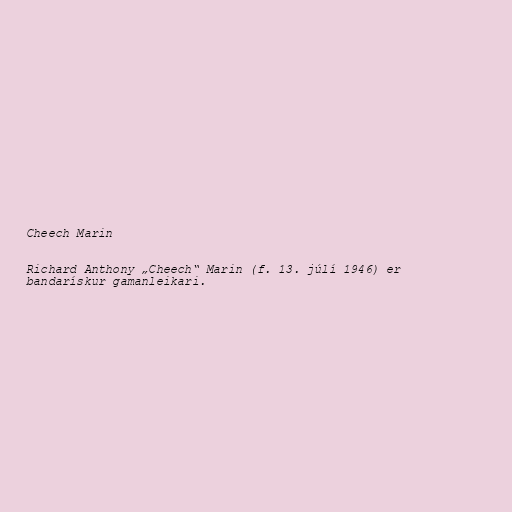
Cheech Marin

Richard Anthony „Cheech“ Marin (f. 13. júlí 1946) er
bandarískur gamanleikari.